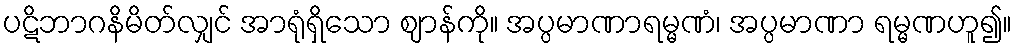
ပဋိဘာဂနိမိတ်လျှင် အာရုံရှိသော ဈာန်ကို။ အပ္ပမာဏာရမ္မဏံ၊ အပ္ပမာဏာ ရမ္မဏဟူ၍။